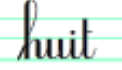
huit